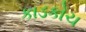
કાડકોચ